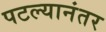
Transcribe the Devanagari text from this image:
पटल्यानंतर